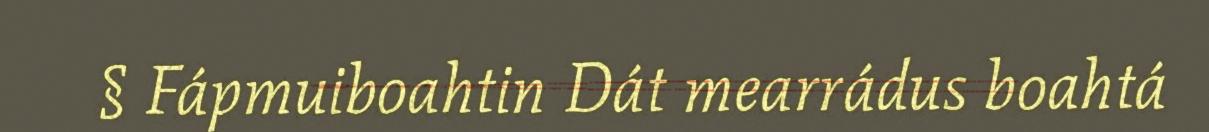
§ Fápmuiboahtin Dát mearrádus boahtá